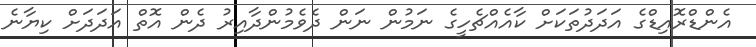
އެންޑްރޮއިޑްގެ އަދަދުތަކަށް ކާއެއްޗެހީގެ ނަމުން ނަން ދެވެމުންދާއިރު ދެން އޮތް އަދަދަށް ކިޔާނެ